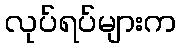
လုပ်ရပ်များက